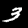
Label: 3